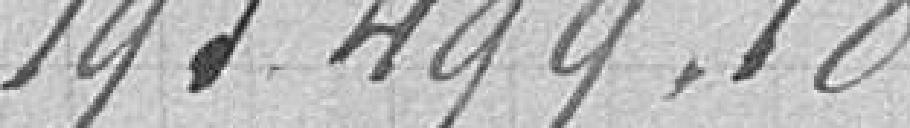
193 499,18